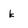
Character: k